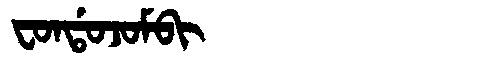
Manchu: ᠸᠣᠨᡩᠣᠵᠣᠮᠪᡳ
Romanization: FONDOJOMBI